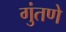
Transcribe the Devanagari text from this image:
गुंतणे